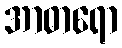
အာဓာရော